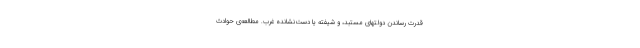
قدرت رساندن دولتهای مستبد، و شیفته یا دست‌نشانده‌ غرب. مطالعه‌ی حوادث